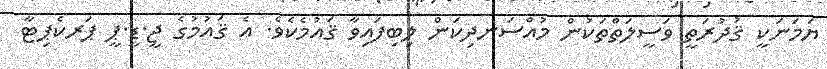
ޔަމަނަކީ ޤުދުރަތީ ވަސީީލަތްތަކުން މުއްސަނދިކަން ލިބިފައިވާ ޤައުމެކެވެ. އެ ޤައުމުގެ ޖީ.ޑީ.ޕީ ޕަރކެޕިޓާ